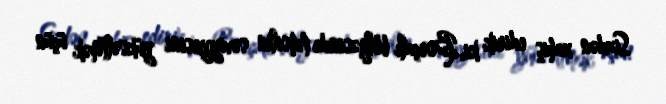
Sizdən xahiş edirik ki, Borçalı bölgəsində təhsilin səviyyəsini yüksəltmək üçün